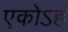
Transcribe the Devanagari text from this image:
एकोऽहं